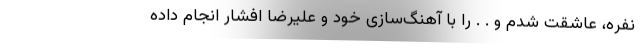
نفره، عاشقت شدم و . . را با آهنگ‌سازی خود و علیرضا افشار انجام داده